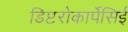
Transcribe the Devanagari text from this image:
डिप्टरोकार्पेसिई